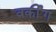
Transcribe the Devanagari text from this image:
वर्कींग